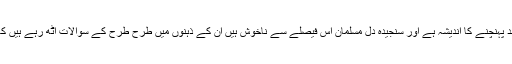
مودی کو مندر ہدیہ میں دینا یہ سراسر اسلامی امر کے مخالف ہے اس سے اسلامی شعائر پر گزند پہنچنے کا اندیشہ ہے اور سنجیدہ دل مسلمان اس فیصلے سے ناخوش ہیں ان کے ذہنوں میں طرح طرح کے سوالات اٹھ رہے ہیں کہ ایک قاتل کو مقدس مقام پر بلا کر اس کے مذہب کی تائید کرنا یہ ہمارے اصول کے منافی ہے۔